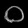
Digit: ၀